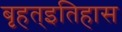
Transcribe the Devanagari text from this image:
बृहत्इतिहास